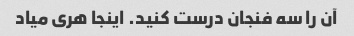
آن را سه فنجان درست کنید. اینجا هری میاد